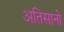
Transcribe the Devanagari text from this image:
अतिसानो